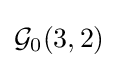
{\mathcal {G}}_{0}(3,2)